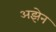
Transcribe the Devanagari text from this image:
अझेन